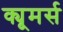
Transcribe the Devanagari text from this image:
क्यूमर्स